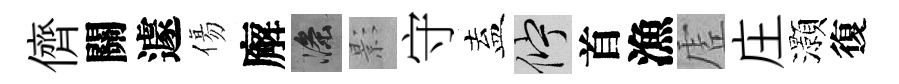
儕關遽傷廨滌影守盍伫首漁虗庄灝復